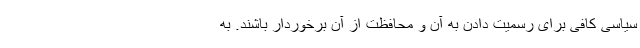
سیاسی کافی برای رسمیت دادن به آن و محافظت از آن برخوردار باشند. به